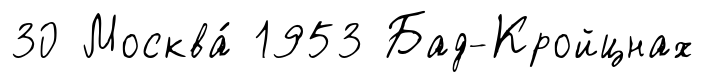
30 Москва́ 1953 Бад-Кройцнах